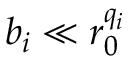
b _ { i } \ll r _ { 0 } ^ { q _ { i } }